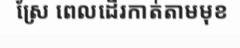
ស្រែ ពេលដើរកាត់តាមមុខ